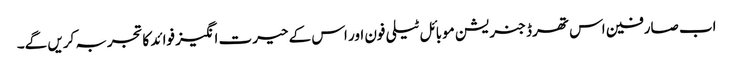
اب صارفین اس تھرڈ جنریشن موبائل ٹیلی فون اور اس کے حیرت انگیز فوائد کاتجربہ کریں گے۔